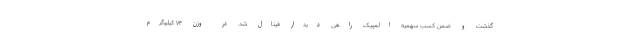
گذشت و ضمن کسب سهمیه المپیک راهی دیدار فینال شد. در وزن ۷۴ کیلوگرم